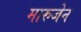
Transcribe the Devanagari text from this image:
मारुजेन